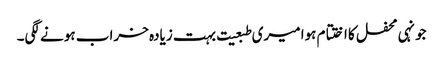
جونہی محفل کا اختتام ہوا میری طبعیت بہت زیادہ خراب ہونے لگی۔